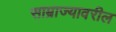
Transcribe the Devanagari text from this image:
साम्राज्यावरील